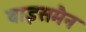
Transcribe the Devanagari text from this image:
वाइसमैन